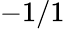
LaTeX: -1/1